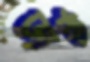
ডার্ট